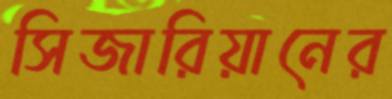
সিজারিয়ানের